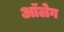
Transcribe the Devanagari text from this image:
आॅलेग